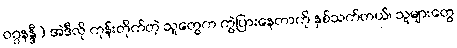
ဝဂ္ဂနန္ဒီ) အဲဒီလို ကုန်းတိုက်တဲ့ သူတွေက ကွဲပြားနေတာကို နှစ်သက်တယ်၊ သူများတွေ